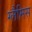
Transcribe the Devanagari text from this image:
ग्लैमिस